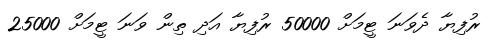
ރުފިޔާ ދެވަނަ ޓީމަށް 50000 ރުފިޔާ އަދި ތިން ވަނަ ޓީމަށް 25000